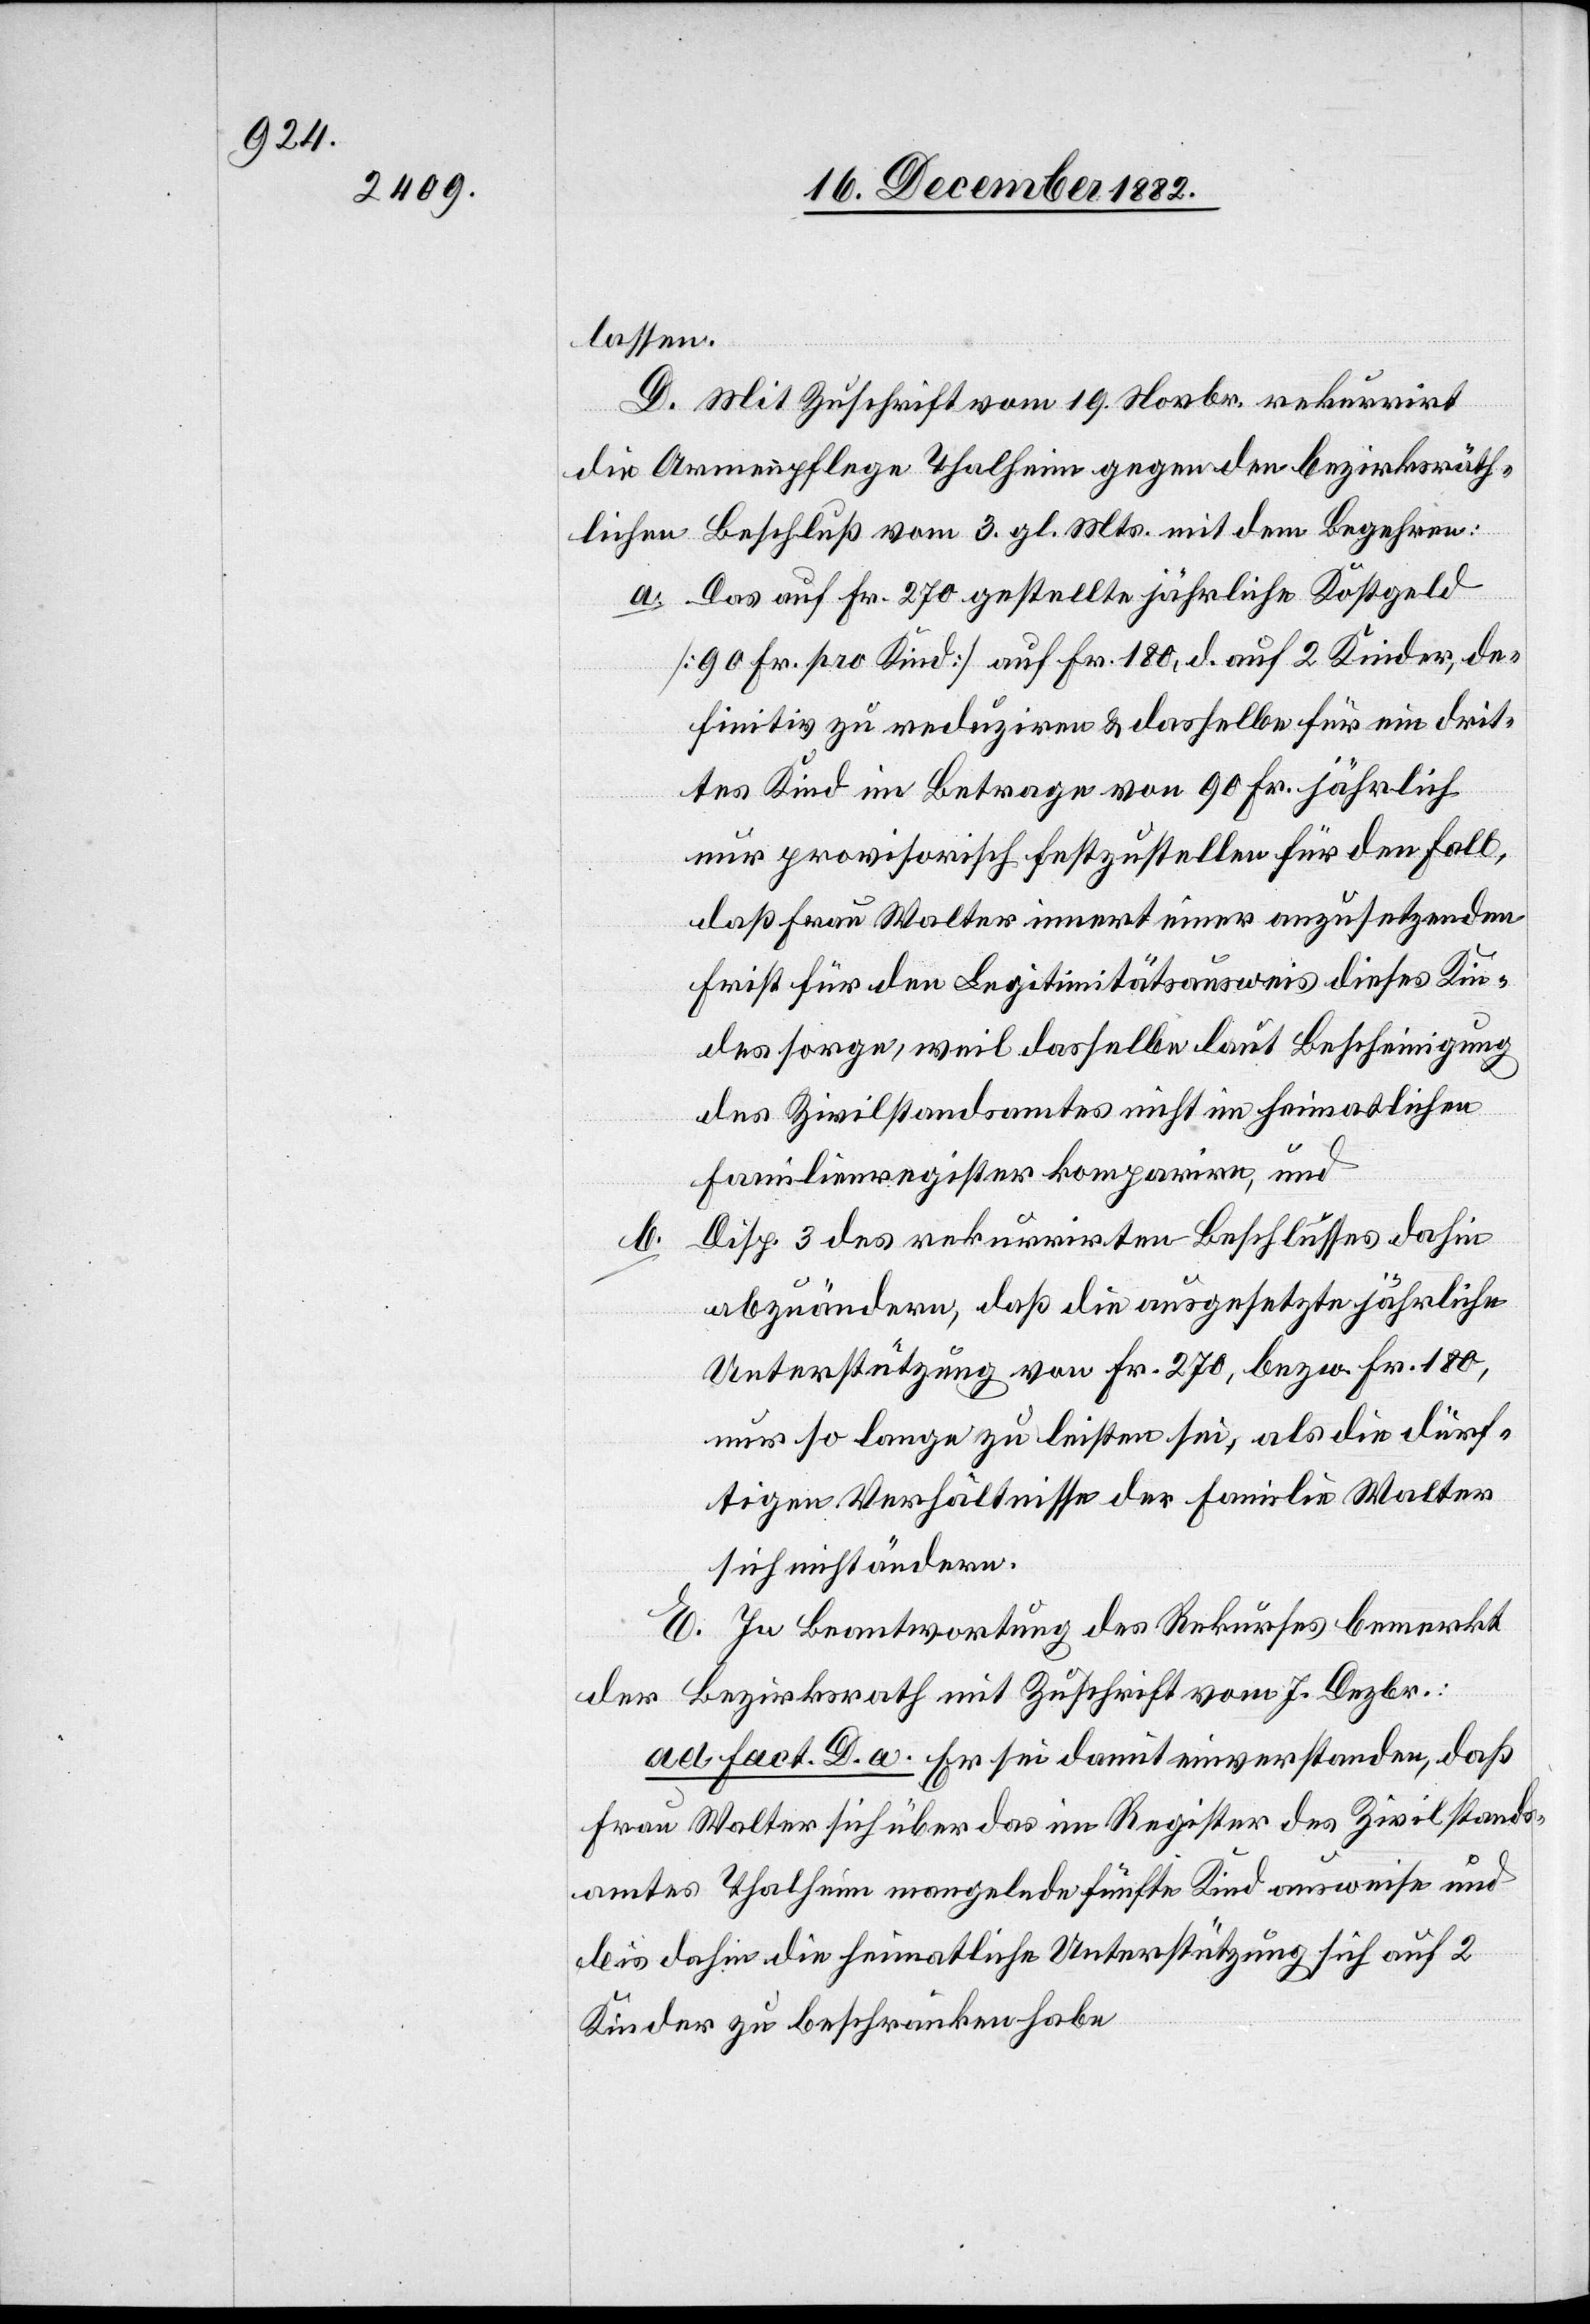
lassen.
D. Mit Zuschrift vom 19. Novbr. rekurrirt
die Armenpflege Thalheim gegen den bezirksräth¬
lichen Beschluß vom 3. gl. Mts. mit dem Begehren:
a. Das auf Fr. 270 gestellte jährliche Kostgeld
[90 Fr. pro Kind] auf Fr. 180, d. auf 2 Kinder, de¬
finitiv zu reduziren & dasselbe für ein drit¬
tes Kind im Betrage von 90 Fr. jährlich
nur provisorisch festzustellen für den Fall,
daß Frau Walter innert einer anzusetzenden
Frist für den Legitimitätsausweis dieses Kin¬
des sorge, weil dasselbe laut Bescheinigung
des Zivilstandsamtes nicht im heimatlichen
Familienregister komparire, und
Disp. 3 des rekurrirten Beschlusses dahin
b.
abzuändern, daß die ausgesetzte jährliche
Unterstützung von Fr. 270, bezw. Fr. 180,
nur so lange zu leisten sei, als die dürf¬
tigen Verhältnisse der Familie Walter
sich nicht ändern.
E. In Beantwortung des Rekurses bemerkt
der Bezirksrath mit Zuschrift vom 7. Dezbr.:
ad fact. D. a. Er sei damit einverstanden, daß
Frau Walter sich über das im Register des Zivilstands¬
amtes Thalheim mangelnde fünfte Kind ausweise und
bis dahin die heimatliche Unterstützung sich auf 2
Kinder zu beschränken habe[.]